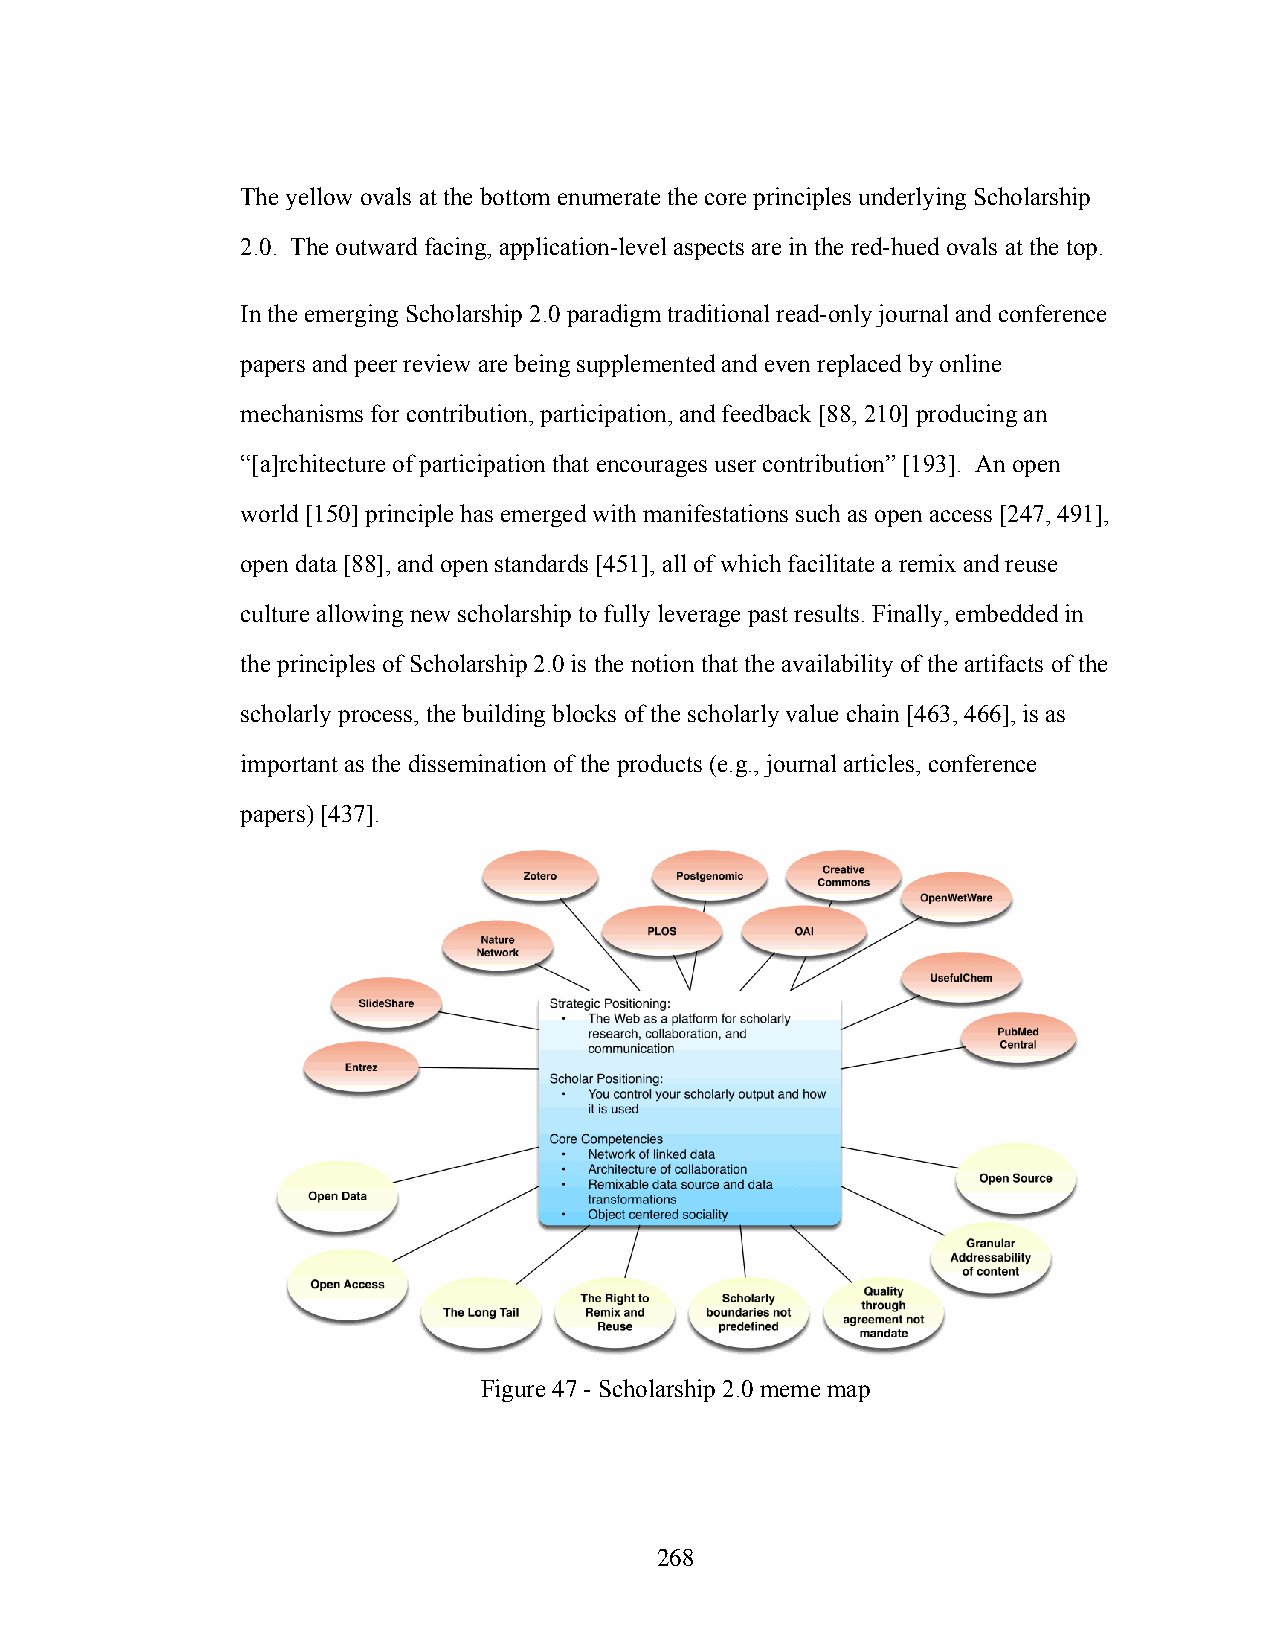
The yellow ovals at the bottom enumerate the core principles underlying Scholarship
 2.0. The outward facing, application-level aspects are in the red-hued ovals at the top.
 In the emerging Scholarship 2.0 paradigm traditional read-only journal and conference
 papers and peer review are being supplemented and even replaced by online
 mechanisms for contribution, participation, and feedback [88, 210] producing an
 “[a]rchitecture of participation that encourages user contribution” [193]. An open
 world [150] principle has emerged with manifestations such as open access [247, 491],
 open data [88], and open standards [451], all of which facilitate a remix and reuse
 culture allowing new scholarship to fully leverage past results. Finally, embedded in
 the principles of Scholarship 2.0 is the notion that the availability of the artifacts of the
 scholarly process, the building blocks of the scholarly value chain [463, 466], is as
 important as the dissemination of the products (e.g., journal articles, conference
 papers) [437].
 Figure 47 - Scholarship 2.0 meme map
 268